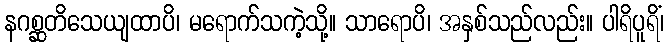
နဂစ္ဆတိသေယျထာပိ၊ မရောက်သကဲ့သို့။ သာရောပိ၊ အနှစ်သည်လည်း။ ပါရိပူရိံ၊